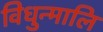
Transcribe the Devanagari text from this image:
विधुन्मालि